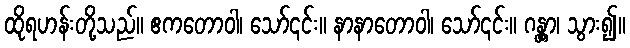
ထိုရဟန်းတို့သည်။ ဧကတောဝါ၊ သော်၎င်း။ နာနာတောဝါ၊ သော်၎င်း။ ဂန္တွာ၊ သွား၍။